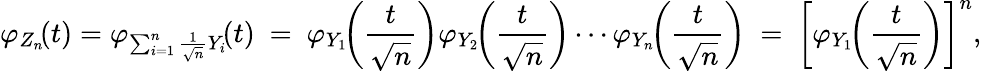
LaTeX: \varphi_{Z_{n}}\! (t)=\varphi_{\sum_{i=1}^{n}{{\frac{1}{\sqrt{n}}}Y_{i}}}\! (t)\ =\ \varphi_{Y_{1}}\! \! \left({\frac{t}{\sqrt{n}}}\right)\varphi_{Y_{2}}\! \! \left({\frac{t}{\sqrt{n}}}\right)\cdots\varphi_{Y_{n}}\! \! \left({\frac{t}{\sqrt{n}}}\right)\ =\ \left[\varphi_{Y_{1}}\! \! \left({\frac{t}{\sqrt{n}}}\right)\right]^{n},